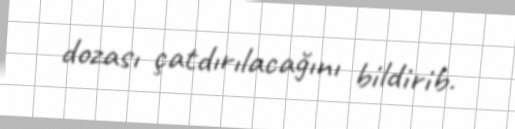
dozası çatdırılacağını bildirib.